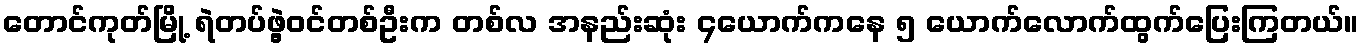
တောင်ကုတ်မြို့ ရဲတပ်ဖွဲ့ဝင်တစ်ဦးက တစ်လ အနည်းဆုံး ၄ယောက်ကနေ ၅ ယောက်လောက်ထွက်ပြေးကြတယ်။